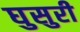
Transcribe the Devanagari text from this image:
घुसुरी